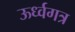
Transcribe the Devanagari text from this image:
ऊर्ध्वगत्र